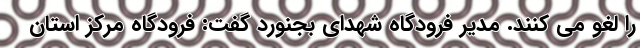
را لغو می کنند. مدیر فرودگاه شهدای بجنورد گفت: فرودگاه مرکز استان